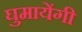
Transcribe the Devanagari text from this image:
घुमायेंगी